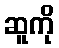
ဆူကို